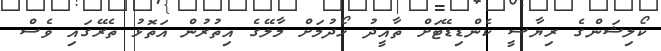
ކޯލިޝަންގެ ރިޔާސީ ކެންޑިޑޭޓަށް ތާއީދު ހޯދުމަށް މާލޭގެ އިތުރުން އަތޮޅު ތެރޭގައި ވެސް